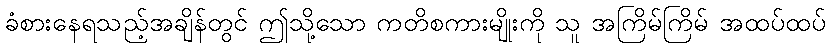
ခံစားနေရသည့်အချိန်တွင် ဤသို့သော ကတိစကားမျိုးကို သူ အကြိမ်ကြိမ် အထပ်ထပ်